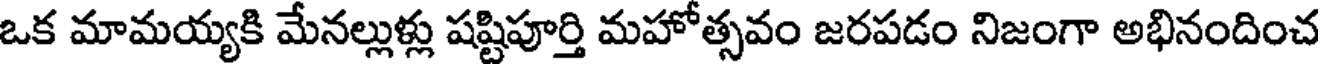
ఒక మామయ్యకి మేనల్లుళ్లు షష్టిపూర్తి మహోత్సవం జరపడం నిజంగా అభినందించ